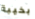
بخيبة